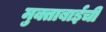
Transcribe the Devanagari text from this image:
मुक्ताबाईची